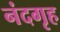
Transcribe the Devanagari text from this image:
नंदगृह